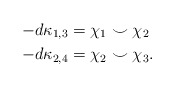
\begin{align*} -d \kappa_{1,3} & = \chi_1 \smile \chi_2 \\ -d\kappa_{2,4} & = \chi_2 \smile \chi_3.\end{align*}